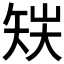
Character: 𥎽